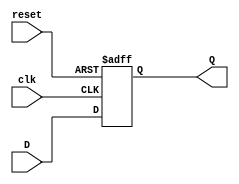
module FFD (input clk, reset, D, output reg Q);
        always @ (posedge clk or posedge reset)begin
            if (reset) begin
                Q <= 1'b0;
            end
            else
                Q <= D;
        end
endmodule


//Salidas

module salidas(input I1, I2, D1, D2, clk, reset, output wire Q, output wire [1:0] Spres, Sfut);
    	wire S0, S1, S2, S0fut, S1fut, S2fut, S3, S3fut, S4, S4fut;

  not W0(NS0,S0);
  not W1(NS1,S1);
  not W2(NS2,S2);
  not W3(NS3,S3);
  not W4(NS4,S4);
  not W5(NI1,I1);
  not W6(NI2,I2);
  not W7(ND1,D1);
  not W8(ND2,D2);

	assign Ng = (NS0 & NS1 & NS2 & NS3 & NS4);

    	assign S0fut = (NI1 & NI2 & ND1 & ND2 & Ng)|(NI1 & NI2 & ND1 & ND2 & S0 & NS1 & NS2 & NS3 & NS4);
    	assign S1fut = (I1 & NI2 & ND1 & ND2 & Ng)|(I1 & NI2 & ND1 & ND2 & NS0 & S1 & NS2 & NS3 & NS4)|(I1 & NI2 & ND1 & ND2 & S0 & NS1 & NS2 & NS3 & NS4);
    	assign S2fut = (NI1 & I2 & ND1 & ND2 & Ng)|(NI1 & I2 & ND1 & ND2 & NS0 & NS1 & S2 & NS3 & NS4)|(NI1 & I2 & ND1 & ND2 & S0 & NS1 & NS2 & NS3 & NS4);
    	assign S3fut = (NI1 & NI2 & D1 & ND2 & Ng)|(NI1 & NI2 & D1 & ND2 & NS0 & NS1 & NS2 & S3 & NS4)|(NI1 & NI2 & D1 & ND2 & S0 & NS1 & NS2 & NS3 & NS4);
    	assign S4fut = (NI1 & NI2 & ND1 & D2 & Ng)|(NI1 & NI2 & ND1 & D2 & NS0 & NS1 & NS2 & NS3 & S4)|(NI1 & NI2 & ND1 & D2 & S0 & NS1 & NS2 & NS3 & NS4);

//Flipflops de cada uno de los estados
    	FFD U3(clk, reset, S0fut, S0);
    	FFD U4(clk, reset, S1fut, S1);
    	FFD U5(clk, reset, S2fut, S2);
    	FFD U6(clk, reset, S3fut, S3);
    	FFD U7(clk, reset, S4fut, S4);


	assign Spres = {S4,S3,S2,S1,S0};
	assign Sfut = {S4fut,S3fut,S2fut,S1fut,S0fut};


endmodule